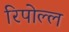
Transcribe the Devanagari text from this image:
रिपोल्ल